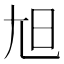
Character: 𡯙